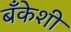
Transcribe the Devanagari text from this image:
बँकेशी